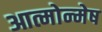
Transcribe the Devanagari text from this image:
आत्मोन्मेष